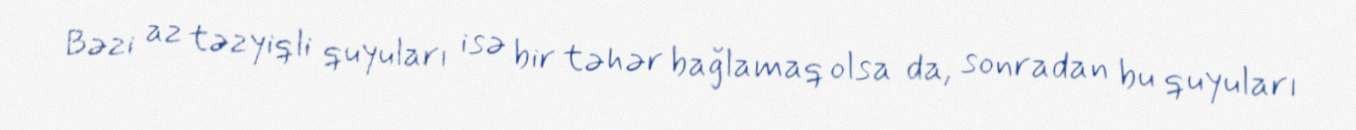
Bəzi az təzyiqli quyuları isə bir təhər bağlamaq olsa da, sonradan bu quyuları